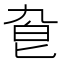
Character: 𠤙